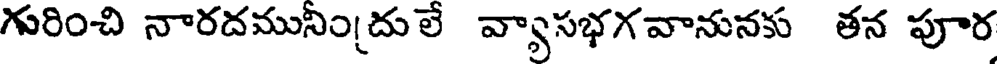
గురించి నారదమునిందులే వ్యాసభగవానునకు తన పూర